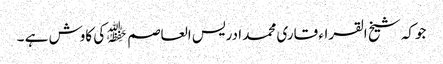
جوکہ شیخ القراء قاری محمد ادریس العاصم ﷾ کی کاوش ہے ۔